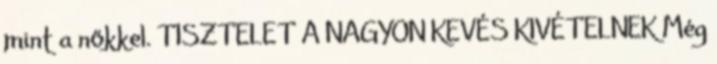
mint a nőkkel. TISZTELET A NAGYON KEVÉS KIVÉTELNEK Még